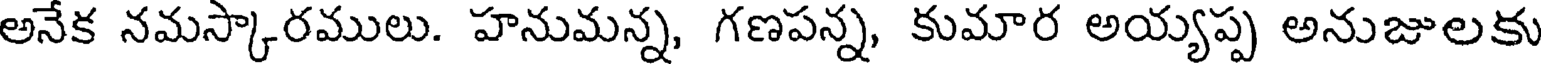
అనేక నమస్కారములు. హనుమన్న, గణపన్న, కుమార అయ్యప్ప అనుజులకు